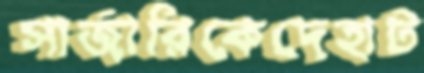
সার্জারিকেদেহাট